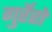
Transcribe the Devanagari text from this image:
गुर्रेरो